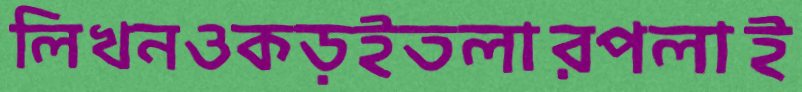
লিখনওকড়ইতলারপলাই